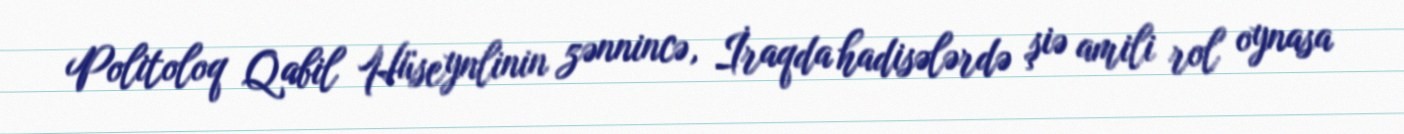
Politoloq Qabil Hüseynlinin zənnincə, İraqda hadisələrdə şiə amili rol oynasa